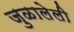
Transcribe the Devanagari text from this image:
जुळालेली